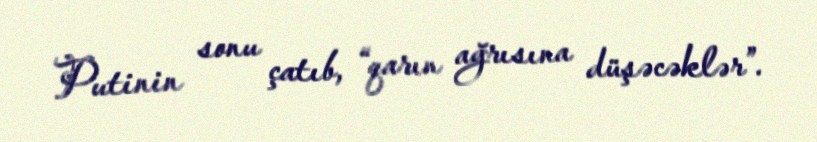
Putinin sonu çatıb, “qarın ağrısına düşəcəklər”.